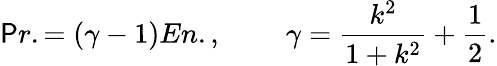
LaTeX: \mathsf{P}r.=(\gamma-1)En.,\; \; \; \; \; \; \; \; \gamma=\frac{{k^{2}}}{{1+k^{2}}}+\frac{{1}}{{2}}.